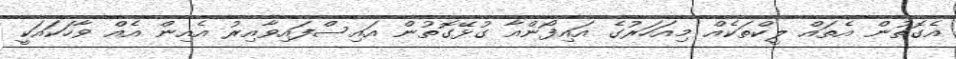
އެގޮތުން އެތައް ލީކްތަކެއް މިއަހަރުގެ އައިފޯންއާ ގުޅޭގޮތުން އައިސްފައިވާއިރު އެއިން އެއް ވާހަކައަކީ